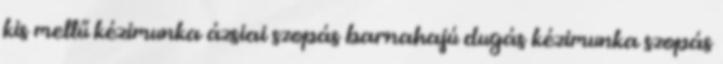
kis mellű kézimunka ázsiai szopás barnahajú dugás kézimunka szopás